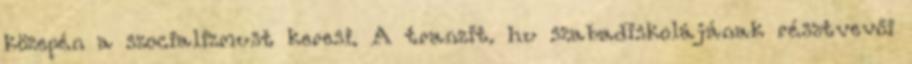
közepén a szocializmust keresi. A tranzit. hu szabadiskolájának résztvevői